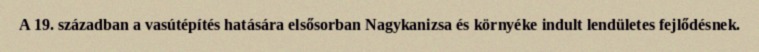
A 19. században a vasútépítés hatására elsősorban Nagykanizsa és környéke indult lendületes fejlődésnek.